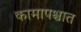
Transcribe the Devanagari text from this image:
कामापश्चात